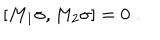
LaTeX: \lbrack M _ { 1 } \sigma , M _ { 2 } \sigma ] = 0 \, \, .